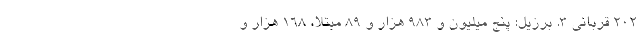
۲۰۲ قربانی ۳. برزیل: پنج میلیون و ۹۸۳ هزار و ۸۹ مبتلا، ۱۶۸ هزار و